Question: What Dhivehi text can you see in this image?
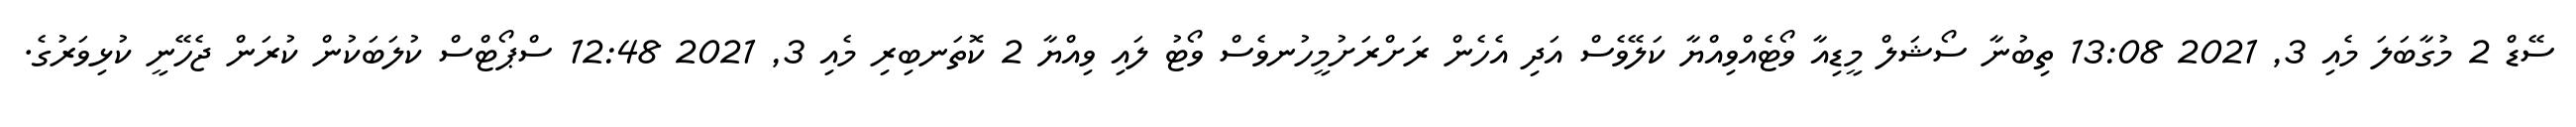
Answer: ސޭޑް 2 މުގާބަލަ މެއި 3, 2021 13:08 ތިބުނާ ސޯޝަލް މީޑިއާ ވޯޓެއްވިއްޔާ ކަލޭވެސް އަދި އެހެން ރަށްރަށުމީހުނވެސް ވޯޓު ލައި ވިއްޔާ 2 ކޮތަނބިރި މެއި 3, 2021 12:48 ސްޕޯޓްސް ކުލަބަކުން ކުރަން ޖެހޭނީ ކުޅިވަރުގެ.